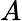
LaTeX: \textit{A}